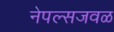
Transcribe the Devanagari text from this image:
नेपल्सजवळ